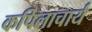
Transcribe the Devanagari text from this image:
कपिलाचार्य